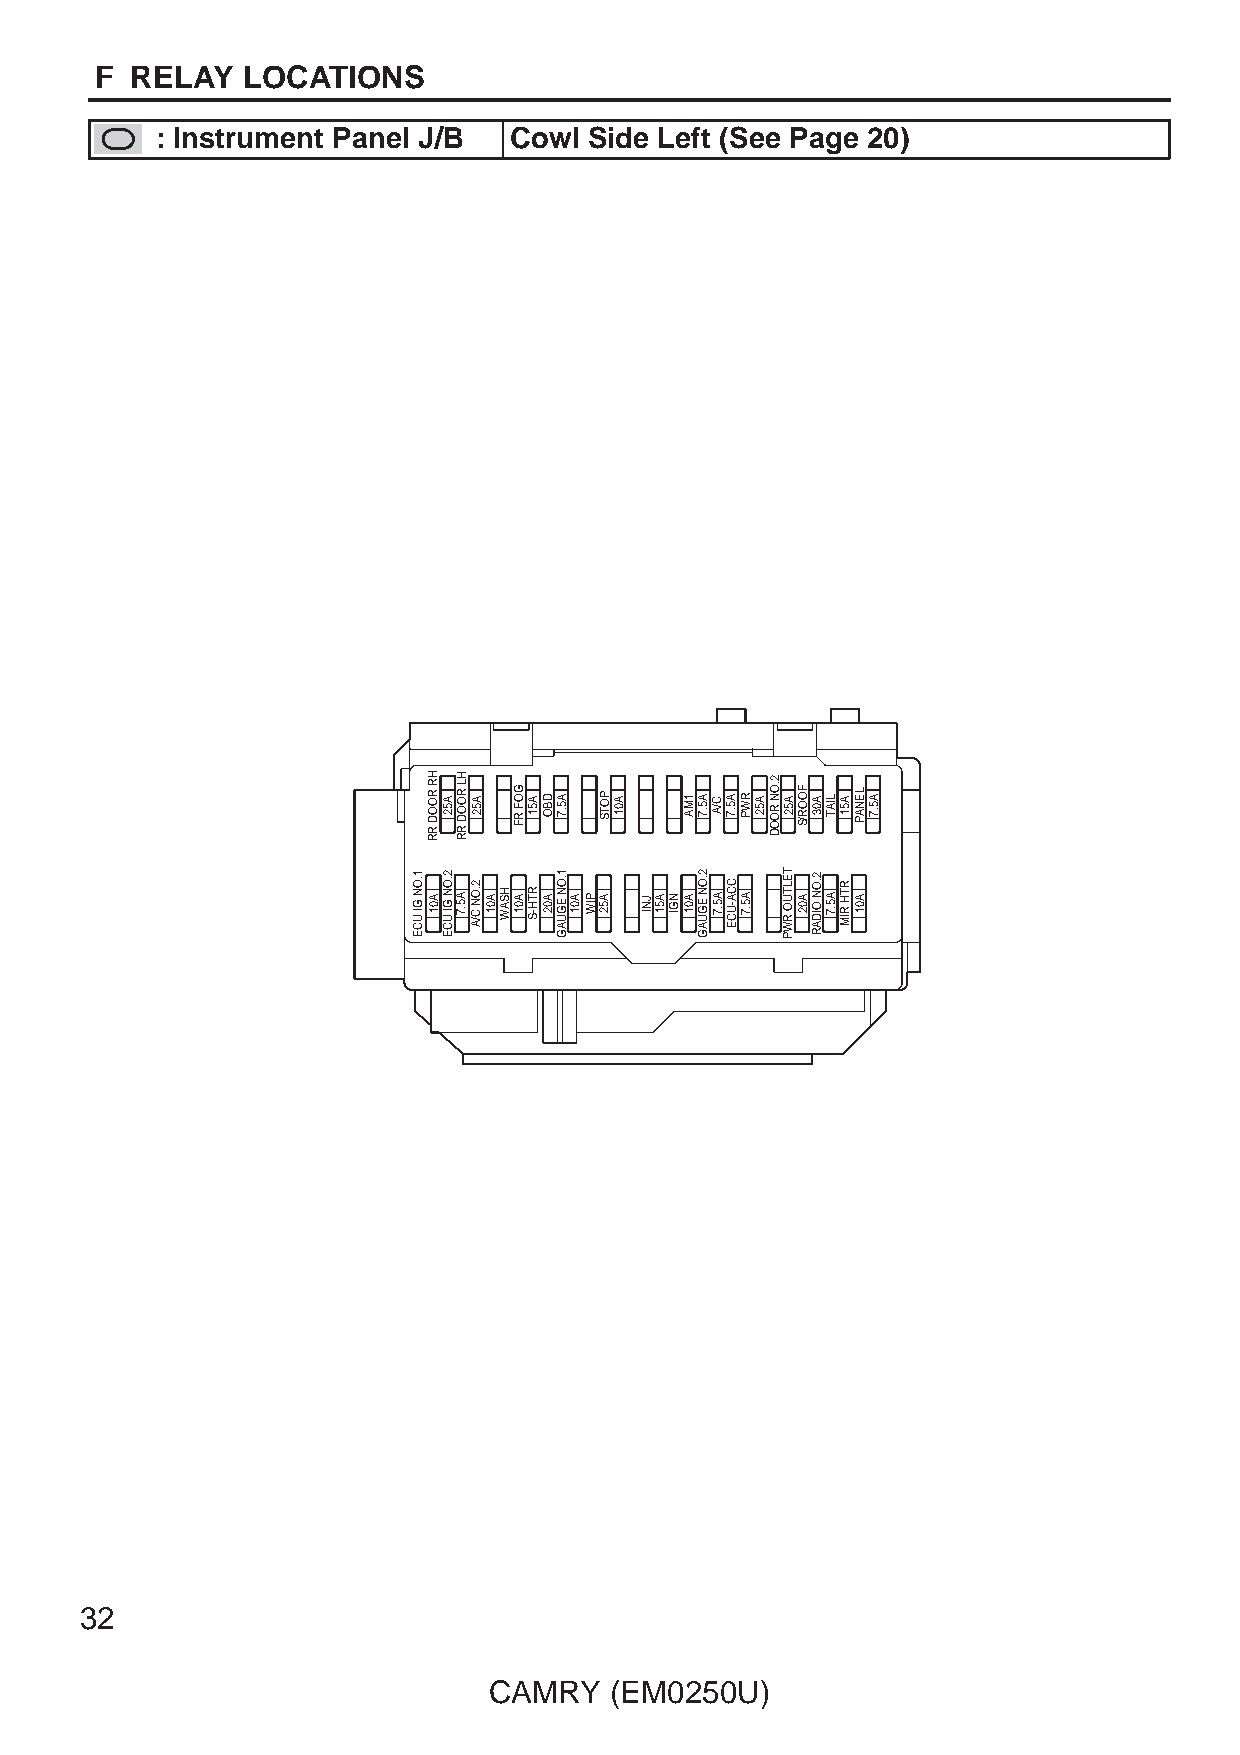
F  RELAY  LOCATIONS
 : Instrument Panel J/B  Cowl Side Left (See Page 20)
 32
 CAMRY   (EM0250U)
 1.ON
 GI UCE
 HR
 ROOD
 RR
 A01
 A52
 2.ON
 GI UCE
 HL
 ROOD
 RR
 A5.7
 A52
 2.ON C/A A01 HSAW
 GOF
 RF
 A01
 A51
 RTH-S
 DBO
 A02
 A5.7
 1.ON
 EGUAG A01 PIW
 POTS
 A52
 A01
 JNI A51 NGI
 1MA
 A01
 A5.7
 2.ON
 EGUAG
 C/A
 A5.7
 A5.7
 CCA-UCE
 RWP
 A5.7
 A52
 2.ON
 ROOD
 A52
 TELTUO
 RWP
 FOOR/S
 A02
 A03
 2.ON
 OIDAR
 LIAT
 A5.7
 A51
 RTH RIM
 LENAP
 A01
 A5.7